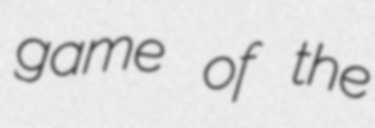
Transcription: game of the